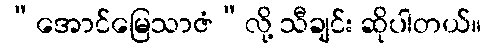
“အောင်မြေသာဇံ”လို့ သီချင်း ဆိုပါတယ်။